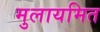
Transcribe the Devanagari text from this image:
मुलायमित